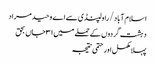
اسلام آباد/ راولپنڈی سے اے وحید مراد
دہشت گردوں کے حملے میں ۳۱ جاں بحق
پہلا مکمل اور حتمی نتیجہ